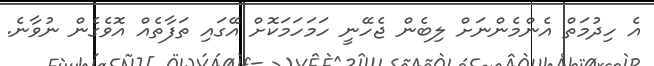
އެ ހިދުމަތް އެންމެންނަށް ލިބެން ޖެހޭނީ ހަމަހަމަކޮށް އޭގައި ތަފާތެއް އޮވެގެން ނުވާނެ.